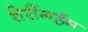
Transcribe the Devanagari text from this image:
शेरींगहॅम